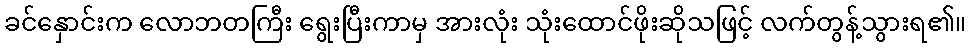
ခင်နှောင်းက လောဘတကြီး ရွေးပြီးကာမှ အားလုံး သုံးထောင်ဖိုးဆိုသဖြင့် လက်တွန့်သွားရ၏။